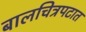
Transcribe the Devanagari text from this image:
बालचित्रपटात